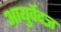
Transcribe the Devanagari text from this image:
आयुर्वेदज्ञ